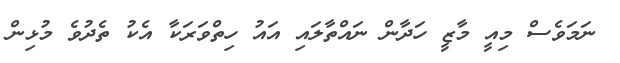
ނަމަވެސް މިއީ މާޒީ ހަދާން ނައްތާލައި އައު ހިތްވަރަކާ އެކު ތެދުވެ މުޅިން